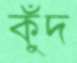
কুঁদ